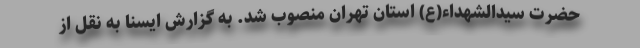
حضرت سیدالشهداء(ع) استان تهران منصوب شد. به گزارش ایسنا به نقل از